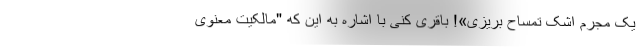
یک مجرم اشک تمساح بریزی»! باقری کنی با اشاره به این که "مالکیت معنوی